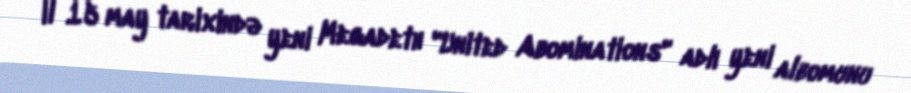
il 15 may tarixində yeni Megadeth "United Abominations" adlı yeni albomunu